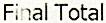
FINAL TOTAL